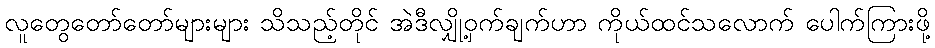
လူတွေတော်တော်များများ သိသည့်တိုင် အဲဒီလျှို့ဝှက်ချက်ဟာ ကိုယ်ထင်သလောက် ပေါက်ကြားဖို့